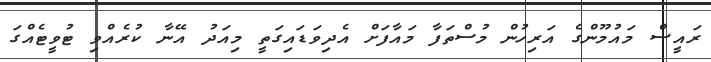
ރައީސް މައުމޫންގެ އަރިހުން މުސްތަފާ މައާފަށް އެދިވަޑައިގަތީ މިއަދު އޭނާ ކުރެއްވި ޓުވީޓެއްގަ